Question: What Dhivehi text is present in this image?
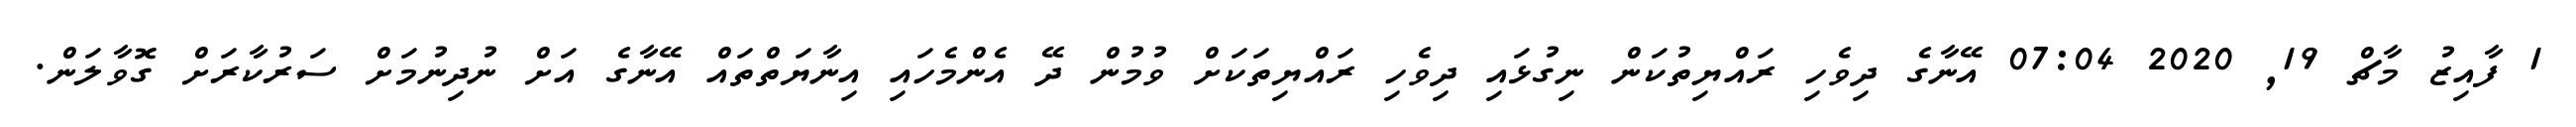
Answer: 1 ފާއިޒު މާޗް 19, 2020 07:04 އޭނާގެ ދިވެހި ރައްޔިތުކަން ނިގުޅައި ދިވެހި ރައްޔިތަކަށް ވުމުން ދޭ އެންމެހައި އިނާޔަތްތައް އޭނާގެ އަށް ނުދިނުމަށް ސަރުކާރަށް ގޮވާލަން.